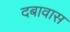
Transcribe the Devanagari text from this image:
दबावास